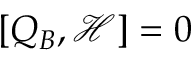
[ Q _ { B } , { \mathcal { H } } ] = 0